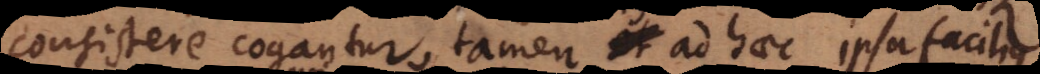
consistere cogantur, tamen et ad haec ipsa facilius